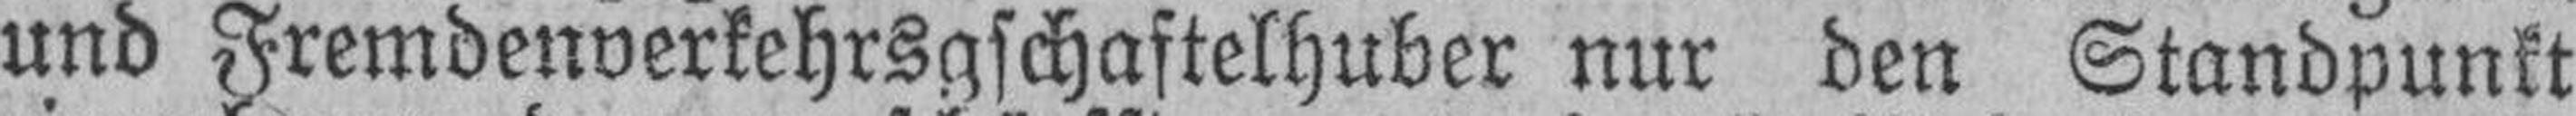
und Fremdenverkehrsgschaftelhuber nur den Standpunkt